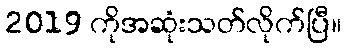
2019 ကိုအဆုံးသတ်လိုက်ပြီ။